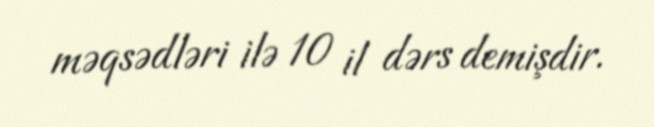
məqsədləri ilə 10 il dərs demişdir.